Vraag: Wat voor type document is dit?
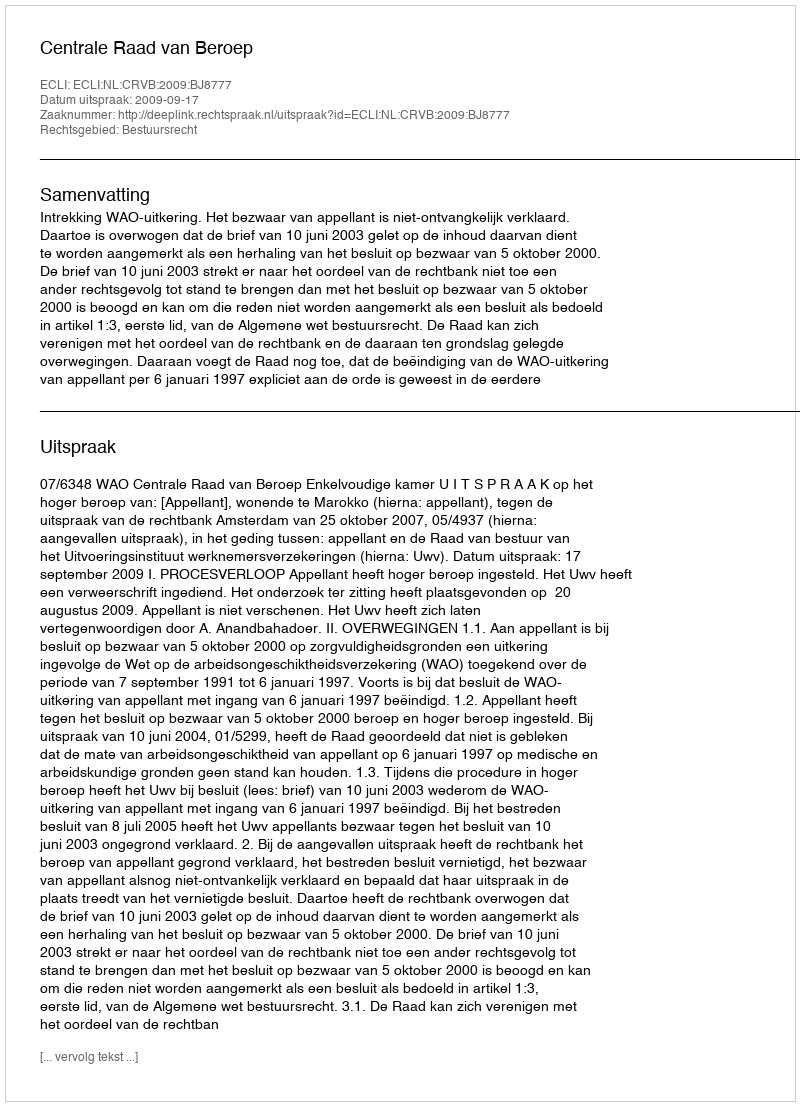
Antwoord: Uitspraak